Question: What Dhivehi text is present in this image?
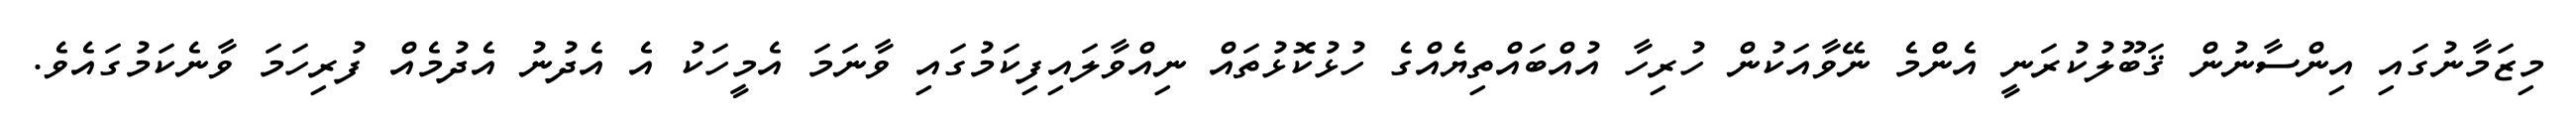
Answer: މިޒަމާނުގައި އިންސާނުން ޤަބޫލުކުރަނީ އެންމެ ނޭވާއަކުން ހުރިހާ އުއްބައްތިޔެއްގެ ހުޅުކޮޅުތައް ނިއްވާލައިފިކަމުގައި ވާނަމަ އެމީހަކު އެ އެދުނު އެދުމެއް ފުރިހަމަ ވާނެކަމުގައެވެ.